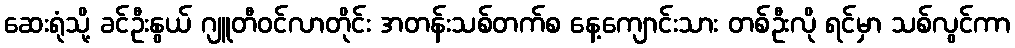
ဆေးရုံသို့ ခင်ဦးနွယ် ဂျူတီဝင်လာတိုင်း အတန်းသစ်တက်စ နေ့ကျောင်းသား တစ်ဦးလို ရင်မှာ သစ်လွင်ကာ